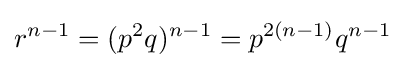
r^{n-1}=(p^{2}q)^{n-1}=p^{2(n-1)}q^{n-1}